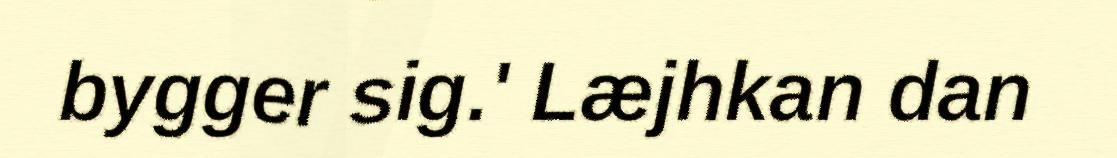
bygger sig.' Læjhkan dan